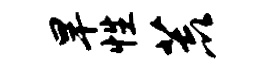
旱性荒